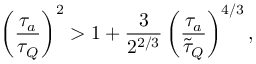
\left( \frac { \tau _ { a } } { \tau _ { Q } } \right) ^ { 2 } > 1 + \frac { 3 } { 2 ^ { 2 / 3 } } \left( \frac { \tau _ { a } } { \tilde { \tau } _ { Q } } \right) ^ { 4 / 3 } ,